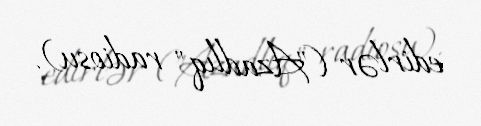
edirlər ("Azadlıq" radiosu).